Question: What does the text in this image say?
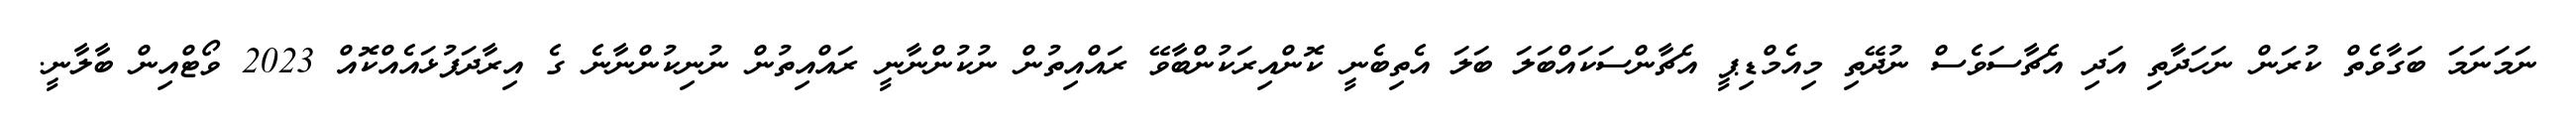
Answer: ނަމަނަމަ ބަގާވެތް ކުރަން ނަހަދާތި އަދި އެޗާސަވެސް ނުދޭތި މިއެމްޑިޕީ އެޗާންސަކައްބަލަ ބަލަ އެތިބެނީ ކޮންއިރަކުންބާވޭ ރައްއިތުން ނުކުންނާނީ ރައްއިތުން ނުނިކުންނާނެ ގެ އިރާދަފުޅައެއްކޮއް 2023 ވޯޓްއިން ބާލާނީ.